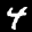
Label: 4